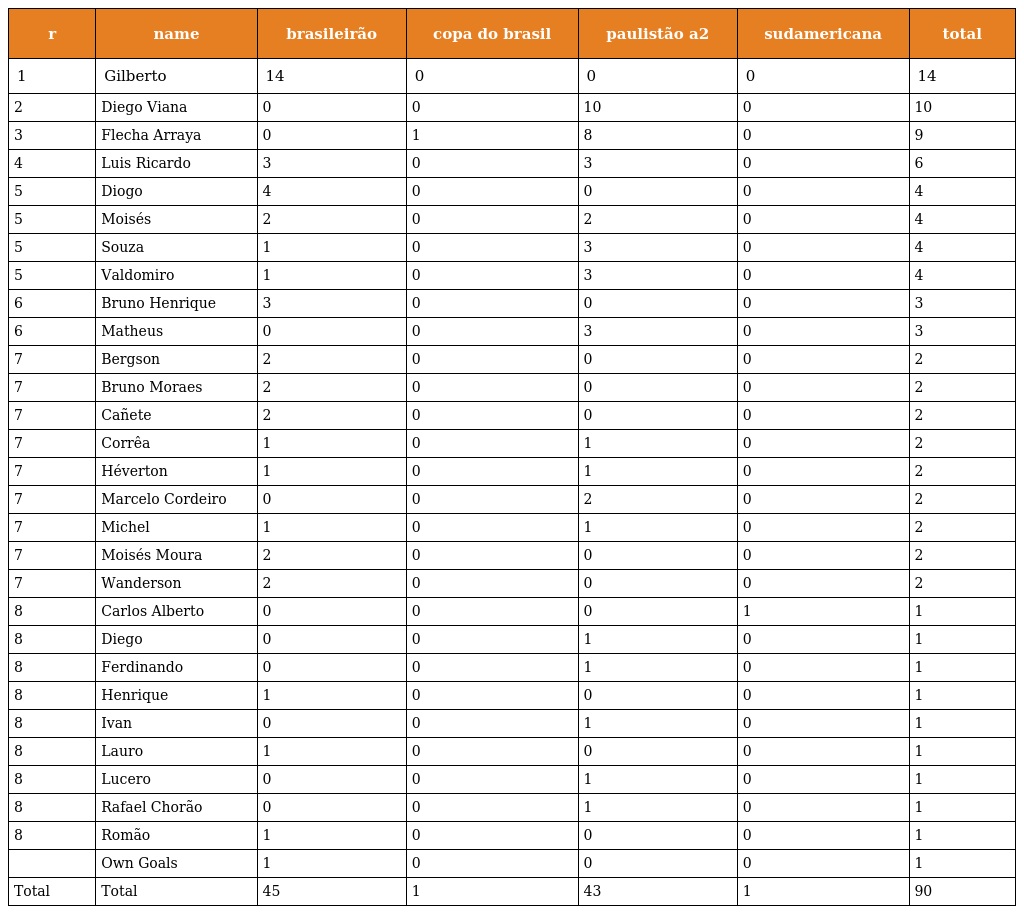
| r | name | brasileirão | copa do brasil | paulistão a2 | sudamericana | total |
 | --- | --- | --- | --- | --- | --- | --- |
 | 1 | Gilberto | 14 | 0 | 0 | 0 | 14 |
 | 2 | Diego Viana | 0 | 0 | 10 | 0 | 10 |
 | 3 | Flecha Arraya | 0 | 1 | 8 | 0 | 9 |
 | 4 | Luis Ricardo | 3 | 0 | 3 | 0 | 6 |
 | 5 | Diogo | 4 | 0 | 0 | 0 | 4 |
 | 5 | Moisés | 2 | 0 | 2 | 0 | 4 |
 | 5 | Souza | 1 | 0 | 3 | 0 | 4 |
 | 5 | Valdomiro | 1 | 0 | 3 | 0 | 4 |
 | 6 | Bruno Henrique | 3 | 0 | 0 | 0 | 3 |
 | 6 | Matheus | 0 | 0 | 3 | 0 | 3 |
 | 7 | Bergson | 2 | 0 | 0 | 0 | 2 |
 | 7 | Bruno Moraes | 2 | 0 | 0 | 0 | 2 |
 | 7 | Cañete | 2 | 0 | 0 | 0 | 2 |
 | 7 | Corrêa | 1 | 0 | 1 | 0 | 2 |
 | 7 | Héverton | 1 | 0 | 1 | 0 | 2 |
 | 7 | Marcelo Cordeiro | 0 | 0 | 2 | 0 | 2 |
 | 7 | Michel | 1 | 0 | 1 | 0 | 2 |
 | 7 | Moisés Moura | 2 | 0 | 0 | 0 | 2 |
 | 7 | Wanderson | 2 | 0 | 0 | 0 | 2 |
 | 8 | Carlos Alberto | 0 | 0 | 0 | 1 | 1 |
 | 8 | Diego | 0 | 0 | 1 | 0 | 1 |
 | 8 | Ferdinando | 0 | 0 | 1 | 0 | 1 |
 | 8 | Henrique | 1 | 0 | 0 | 0 | 1 |
 | 8 | Ivan | 0 | 0 | 1 | 0 | 1 |
 | 8 | Lauro | 1 | 0 | 0 | 0 | 1 |
 | 8 | Lucero | 0 | 0 | 1 | 0 | 1 |
 | 8 | Rafael Chorão | 0 | 0 | 1 | 0 | 1 |
 | 8 | Romão | 1 | 0 | 0 | 0 | 1 |
 |  | Own Goals | 1 | 0 | 0 | 0 | 1 |
 | Total | Total | 45 | 1 | 43 | 1 | 90 |